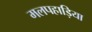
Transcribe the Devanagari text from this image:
मलपहाड़िया